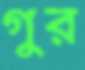
গুর